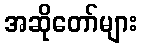
အဆိုတော်များ